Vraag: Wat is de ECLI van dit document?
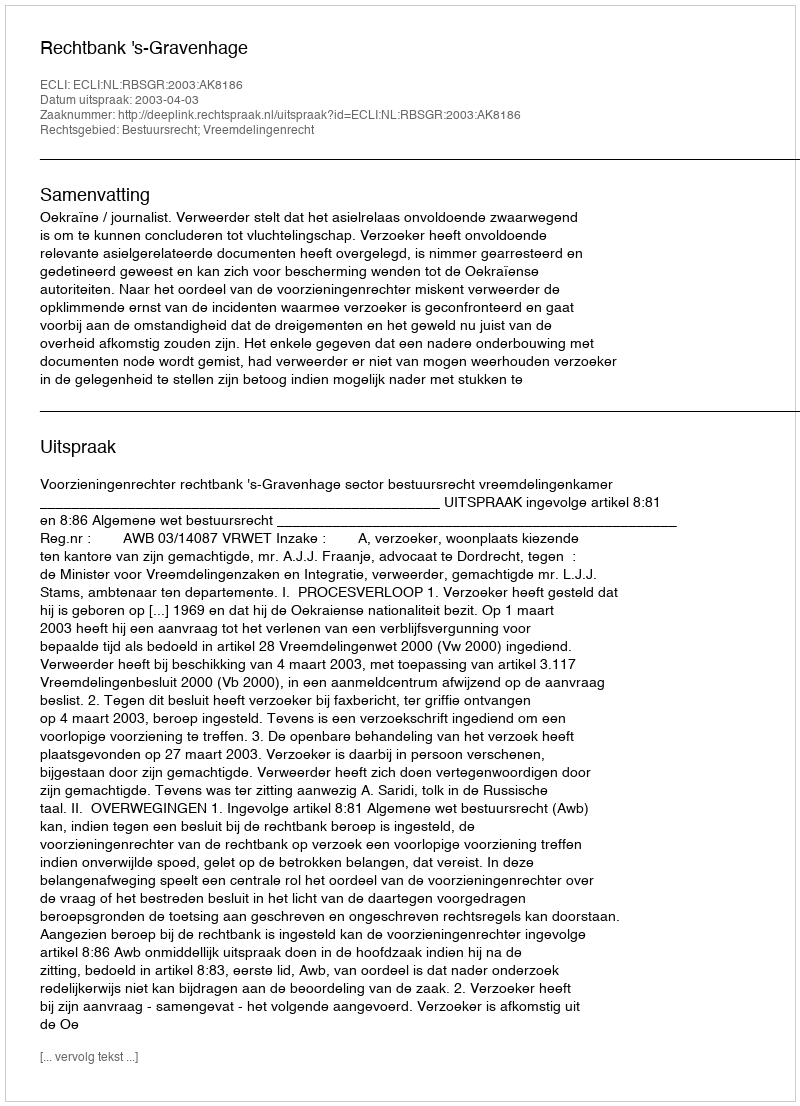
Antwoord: ECLI:NL:RBSGR:2003:AK8186